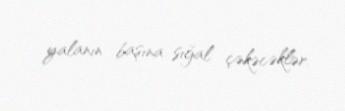
yalanın başına sığal çəkəcəklər.